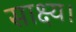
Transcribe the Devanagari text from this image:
साक्ष्य।